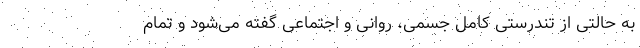
به حالتی از تندرستی کامل جسمی، روانی و اجتماعی گفته می‌شود و تمام